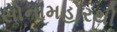
સોનામહોરથી